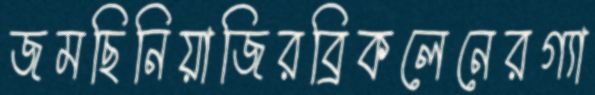
জমছিনিয়াজিরব্রিকলেনেরগ্যা